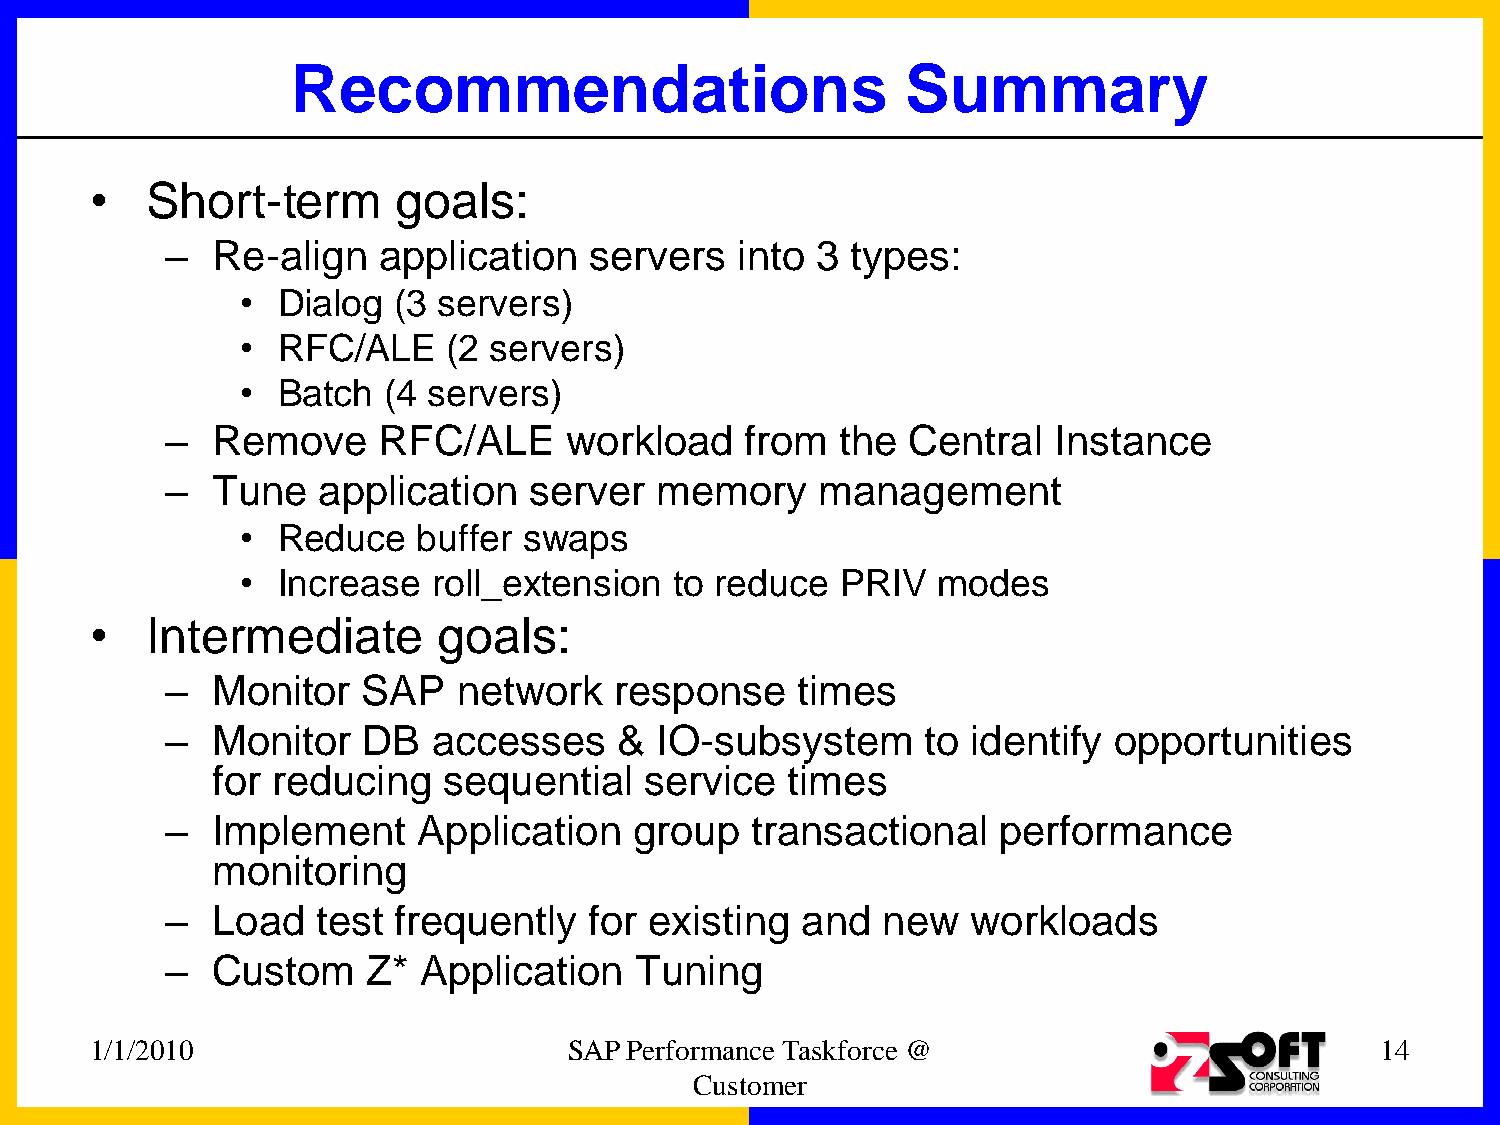
Recommendations                          Summary
 •   Short-term      goals:
 –  Re-align   application   servers   into 3 types:
 • Dialog  (3 servers)
 • RFC/ALE     (2 servers)
 • Batch  (4 servers)
 –  Remove     RFC/ALE     workload    from   the Central   Instance
 –  Tune   application   server  memory     management
 • Reduce    buffer swaps
 • Increase   roll_extension  to reduce  PRIV  modes
 •   Intermediate       goals:
 –  Monitor   SAP   network    response    times
 –  Monitor   DB   accesses    & IO-subsystem      to identify  opportunities
 for reducing   sequential    service  times
 –  Implement     Application   group   transactional   performance
 monitoring
 –  Load   test frequently   for existing  and  new   workloads
 –  Custom    Z*  Application   Tuning
 1/1/2010                        SAP Performance Taskforce @                          14
 Customer